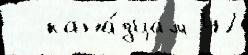
 - кана́дцам 47